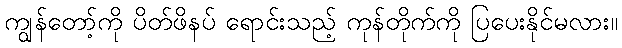
ကျွန်တော့်ကို ပိတ်ဖိနပ် ရောင်းသည့် ကုန်တိုက်ကို ပြပေးနိုင်မလား။